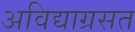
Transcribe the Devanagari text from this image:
अविद्याग्रसत